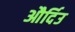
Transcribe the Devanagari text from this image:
और्दिउ